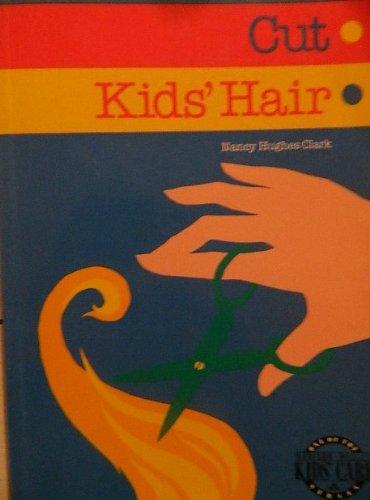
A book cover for How to Cut Kids' Hair (Addison-Wesley Kids' Care Series); Nancy Hughes Clark; Health, Fitness & Dieting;